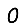
Digit: 0